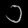
Digit: ၁